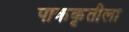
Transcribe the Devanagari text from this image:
पाककृतीला